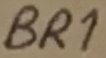
Text: BR1